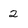
Character: 2